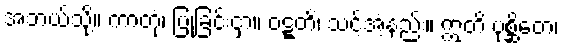
အဘယ်သို့။ ကာတုံ၊ ပြုခြင်းငှာ။ ဝဋ္ဋတိ၊ သင့်အံ့နည်း။ ဣတိ ပုစ္ဆိတေ၊